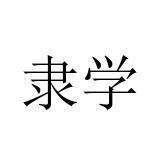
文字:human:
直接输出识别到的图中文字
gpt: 隶学